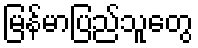
မြန်မာပြည်သူတွေ